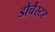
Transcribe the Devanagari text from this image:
डोर्चेस्टर